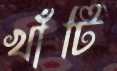
খাঁটি